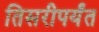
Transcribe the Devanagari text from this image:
तिसरीपर्यंत